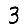
Digit: 3